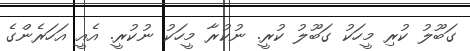
ގަބޫލު ކުރި މީހަކު ގަބޫލު ކުރީ. ނުކުރާ މީހަކު ނުކުރީ. އެއީ އަހަރެންގެ